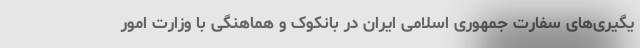
یگیری‌های سفارت جمهوری اسلامی ایران در بانکوک و هماهنگی با وزارت امور